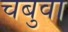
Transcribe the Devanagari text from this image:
चबुवा